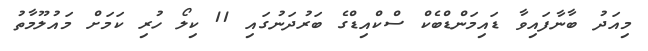
މިއަދު ބާނާފައިވާ ޑައިމަންޑްބެކް ސްކްއިޑްގެ ބަރުދަނުގައި 11 ކިލޯ ހުރި ކަމަށް މައުލޫމާތު